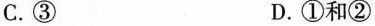
C. ③ D. 和②(第2题)